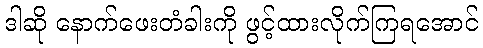
ဒါဆို နောက်ဖေးတံခါးကို ဖွင့်ထားလိုက်ကြရအောင်